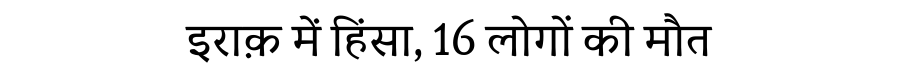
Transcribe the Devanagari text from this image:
इराक़ में हिंसा, 16 लोगों की मौत